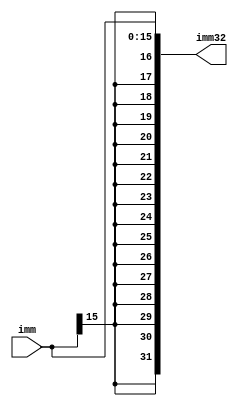
`timescale 1ns / 1ps
//////////////////////////////////////////////////////////////////////////////////
// Company: 
// Engineer: 
// 
// Design Name: 
// Module Name: ID_ImmediateExtender_dp
// Project Name: 
// Target Devices: 
// Tool Versions: 
// Description: 
// 
// Dependencies: 
// 
// Revision:
// Revision 0.01 - File Created
// Additional Comments:
// 
//////////////////////////////////////////////////////////////////////////////////


module ImmediateExtender( // Module for immediate value extension.
    input [15:0] imm, // Input immediate value.
    output reg [31:0] imm32 // Output extended immediate value.
    );
    
    always @ (*) // Continuous update of imm32 value.
        begin
            imm32 = {{16{imm[15]}}, imm}; // Sign extension: Replicating the sign bit to fill the upper 16 bits.
        end
endmodule